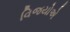
વિજયોએ